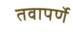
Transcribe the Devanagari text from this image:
तवापर्णे